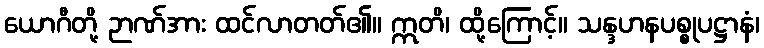
ယောဂီတို့ ဉာဏ်အား ထင်လာတတ်၏။ ဣတိ၊ ထို့ကြောင့်။ သန္ဒဟနပစ္စုပဋ္ဌာနံ၊